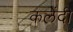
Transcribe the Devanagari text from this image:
कलेंदी